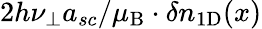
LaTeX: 2h\nu_{\perp}a_{sc}/\mu_{\mathrm{B}}\cdot\delta n_{1\mathrm{D}}(x)